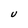
Character: U